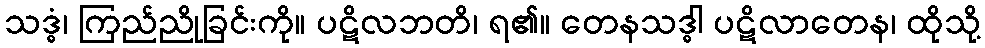
သဒ္ဓံ၊ ကြည်ညိုခြင်းကို။ ပဋိလဘတိ၊ ရ၏။ တေနသဒ္ဓါ ပဋိလာတေန၊ ထိုသို့